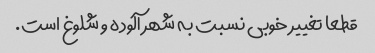
قطعا تغییر خوبی نسبت به شهر آلوده و شلوغ است.